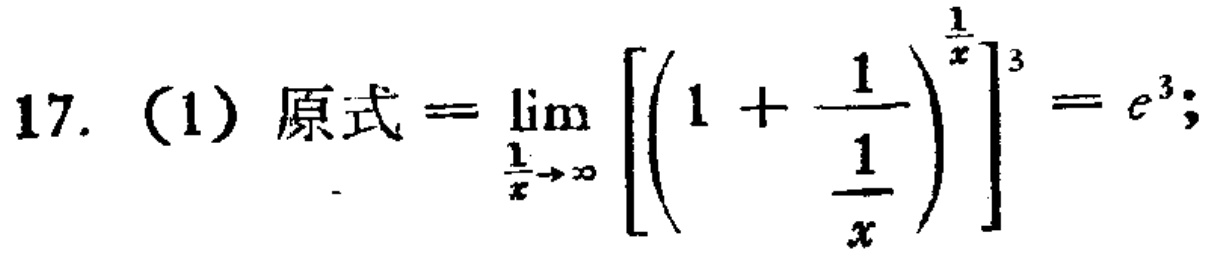
17.（1）原式\(=\lim_{\frac{1}{x} \to \infty}\left[\left(1 + \frac{1}{\frac{1}{x}}\right)^{\frac{1}{x}}\right]^{3}=e^{3}\);